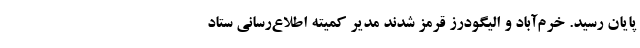
پایان رسید. خرم‌آباد و الیگودرز قرمز شدند مدیر کمیته اطلاع‌رسانی ستاد